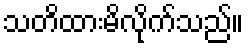
သတိထားမိလိုက်သည်။